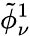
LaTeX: \tilde{\phi}_{\nu}^{1}